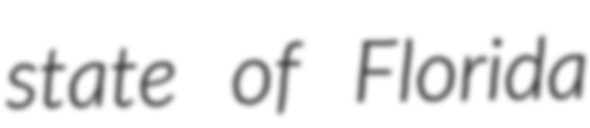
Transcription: state of Florida